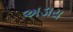
અડાય